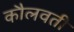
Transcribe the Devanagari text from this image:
कौलवती